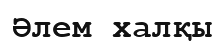
Әлем халқы